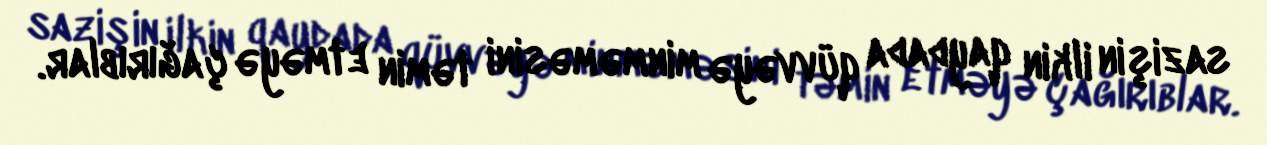
sazişin ilkin qaydada qüvvəyə minməməsini təmin etməyə çağırıblar.